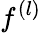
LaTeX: f^{(l)}